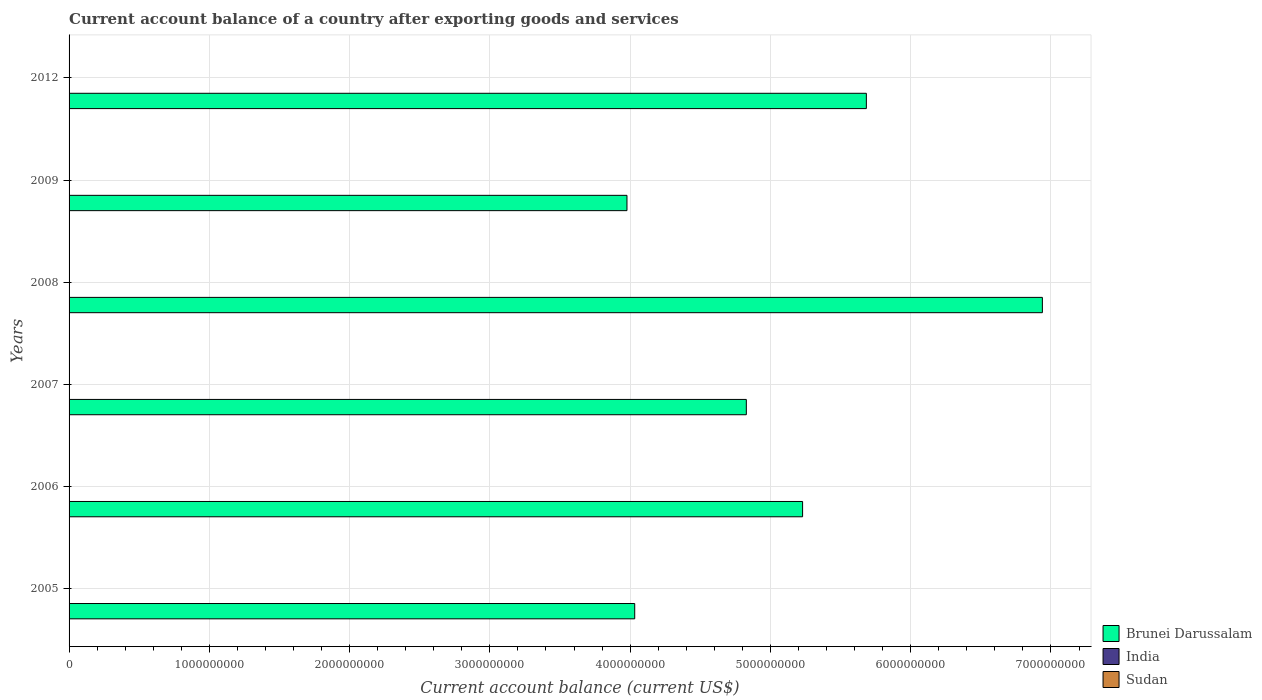
| Years | Brunei Darussalam | India | Sudan |
 | --- | --- | --- | --- |
 | 2005 | 4.03e+09 | -1.03e+10 | -2.47e+09 |
 | 2006 | 5.23e+09 | -9.3e+09 | -6.5e+09 |
 | 2007 | 4.83e+09 | -8.08e+09 | -3.6e+09 |
 | 2008 | 6.94e+09 | -3.1e+10 | -3.59e+09 |
 | 2009 | 3.98e+09 | -2.62e+10 | -4.93e+09 |
 | 2012 | 5.68e+09 | -9.15e+10 | -6.14e+09 |